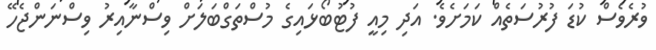
ވުރެވެސް ކުޑަ ފުރުސަތެއް ކަމަށެވެ. އަދި މިއީ ފުޓުބޯޅައިގެ މުސްތަގްބަލަށް ވިސްނާއިރު ވިސްނަންޖެހޭ